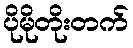
ပိုမိုတိုးတက်